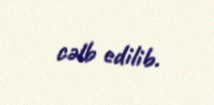
cəlb edilib.